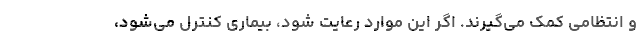
و انتظامی کمک می‌گیرند. اگر این موارد رعایت شود، بیماری کنترل می‌شود،